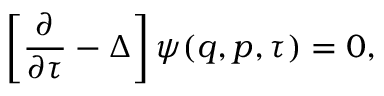
\left[ \frac { \partial } { \partial \tau } - \Delta \right] \psi ( q , p , \tau ) = 0 ,